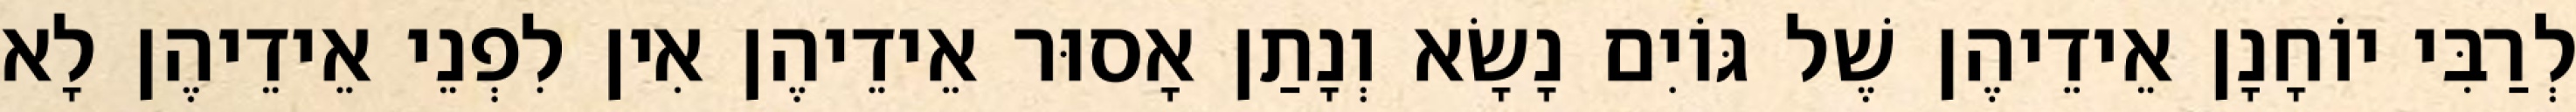
לְרַבִּי יוֹחָנָן אֵידֵיהֶן שֶׁל גּוֹיִם נָשָׂא וְנָתַן אָסוּר אֵידֵיהֶן אִין לִפְנֵי אֵידֵיהֶן לָא